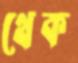
থেক